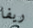
ريفا